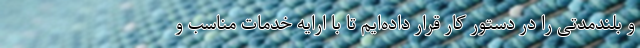
و بلندمدتی را در دستور کار قرار داده‌ایم تا با ارایه خدمات مناسب و